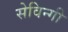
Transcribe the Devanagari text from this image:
सेविन्गी